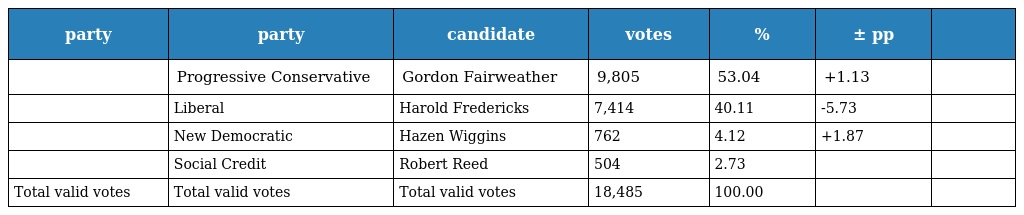
| party | party | candidate | votes | % | ± pp |  |
 | --- | --- | --- | --- | --- | --- | --- |
 |  | Progressive Conservative | Gordon Fairweather | 9,805 | 53.04 | +1.13 |  |
 |  | Liberal | Harold Fredericks | 7,414 | 40.11 | -5.73 |  |
 |  | New Democratic | Hazen Wiggins | 762 | 4.12 | +1.87 |  |
 |  | Social Credit | Robert Reed | 504 | 2.73 |  |  |
 | Total valid votes | Total valid votes | Total valid votes | 18,485 | 100.00 |  |  |